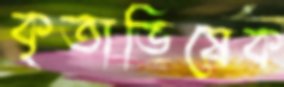
কৃতাভিষেক